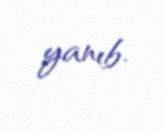
yanıb.